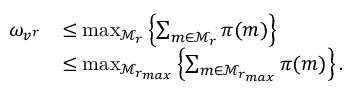
\begin{array} { r l } { \omega _ { v ^ { r } } } & { \leq \operatorname* { m a x } _ { \mathcal { M } _ { r } } \left\{ \sum _ { m \in \mathcal { M } _ { r } } \pi ( m ) \right\} } \\ & { \leq \operatorname* { m a x } _ { \mathcal { M } _ { r _ { m a x } } } \left\{ \sum _ { m \in \mathcal { M } _ { r _ { m a x } } } \pi ( m ) \right\} . } \end{array}